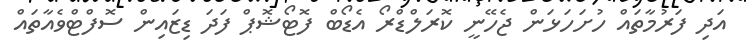
އަދި ފަރުމާތައް ހުށަހަޅަން ޖެހޭނީ ކޮރަލްޑްރޯ އެޑޯބް ފޮޓޯޝޮޕް ފަދަ ޑިޒައިން ސޮފްޓްވެއާތައް